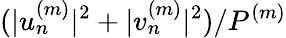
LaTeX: (|u_{n}^{(m)}|^{2}+|v_{n}^{(m)}|^{2})/P^{(m)}